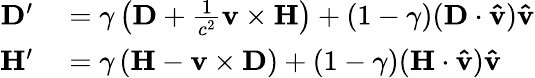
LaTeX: \begin{array}{rl}{\mathbf{D}^{\prime}}&{{}=\gamma\left(\mathbf{D}+{\frac{1}{c^{2}}}\mathbf{v}\times\mathbf{H}\right)+(1-\gamma)(\mathbf{D}\cdot\mathbf{\hat{v}})\mathbf{\hat{v}}}\\ {\mathbf{H}^{\prime}}&{{}=\gamma\left(\mathbf{H}-\mathbf{v}\times\mathbf{D}\right)+(1-\gamma)(\mathbf{H}\cdot\mathbf{\hat{v}})\mathbf{\hat{v}}}\end{array}